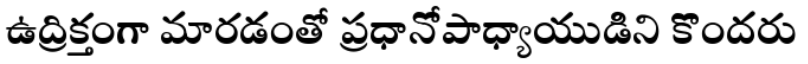
ఉద్రిక్తంగా మారడంతో ప్రధానోపాధ్యాయుడిని కొందరు